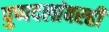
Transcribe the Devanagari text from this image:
पुष्पदलांवरही